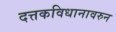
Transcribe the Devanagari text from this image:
दत्तकविधानावरुन